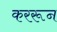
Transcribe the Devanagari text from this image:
कररून